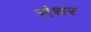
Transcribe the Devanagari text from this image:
संथर